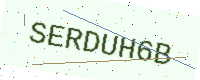
Text: SERDUH6B